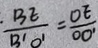
\frac { B E } { B ^ { \prime } O ^ { \prime } } = \frac { O E } { O O ^ { \prime } }